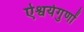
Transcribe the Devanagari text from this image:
ऐश्वर्यगुणों